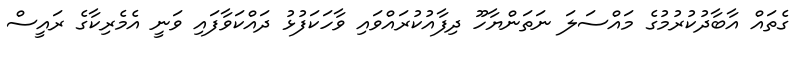
ގެތައް އާބާދުކުރުމުގެ މައްސަލަ ނަތަންޔާހޫ ދިފާއުކުރައްވައި ވާހަކަފުޅު ދައްކަވާފައި ވަނީ އެމެރިކާގެ ރައީސް